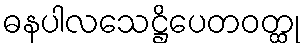
ဓနပါလသေဋ္ဌိပေတဝတ္ထု